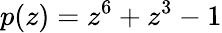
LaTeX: p(z)=z^{6}+z^{3}-1